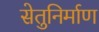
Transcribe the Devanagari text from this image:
सेतुनिर्माण